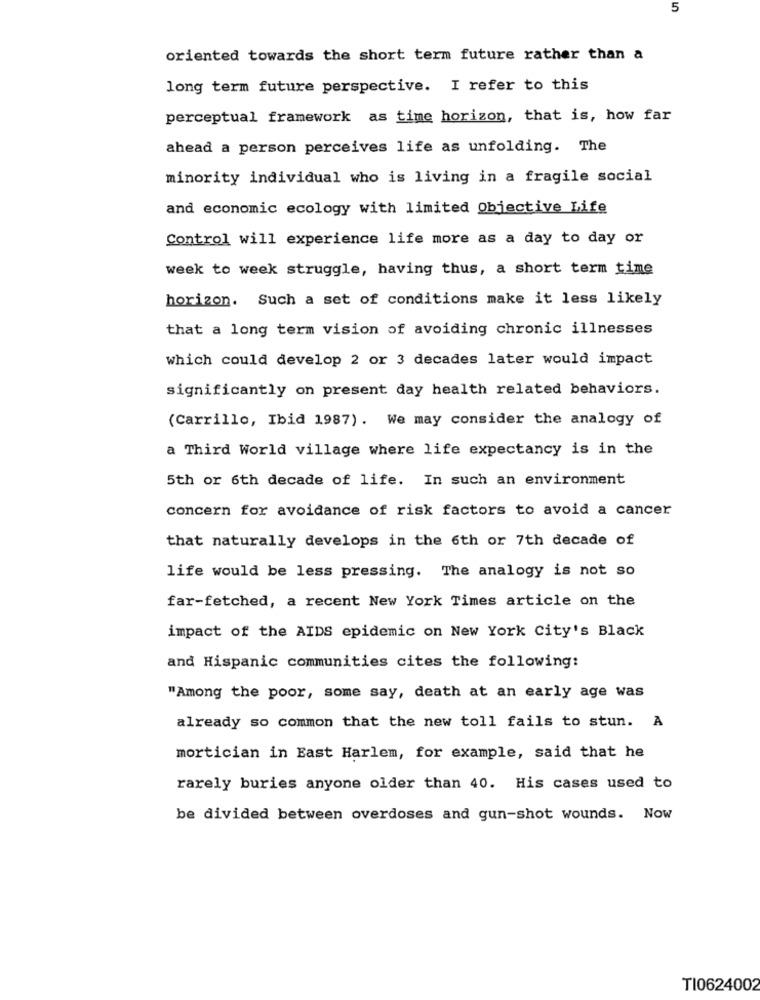
5
oriented towards the short term future rather than a
long term future perspective. I refer to this
perceptual framework as time horizon, that is, how far
ahead a person perceives life as unfolding. The
minority individual who is living in a fragile social
and economic ecology with limited Objective Life
Control will experience life more as a day to day or
week to week struggle, having thus, a short term time
horizon. Such a set of conditions make it less likely
that a long term vision of avoiding chronic illnesses
which could develop 2 or 3 decades later would impact
significantly on present day health related behaviors.
(Carrillo, Ibid 1987). We may consider the analogy of
a Third World village where life expectancy is in the
5th or 6th decade of life. In such an environment
concern for avoidance of risk factors to avoid a cancer
that naturally develops in the 6th or 7th decade of
life would be less pressing. The analogy is not so
far-fetched, a recent New York Times article on the
impact of the AIDS epidemic on New York City's Black
and Hispanic communities cites the following:
"Among the poor, some say, death at an early age was
already so common that the new toll fails to stun. A
mortician in East Harlem, for example, said that he
rarely buries anyone older than 40. His cases used to
be divided between overdoses and gun-shot wounds. Now
TI0624002